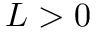
L > 0